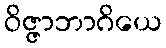
ဝိဇ္ဇာဘာဂိယေ